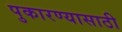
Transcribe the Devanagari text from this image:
पुकारण्यासाठी